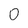
Character: 0